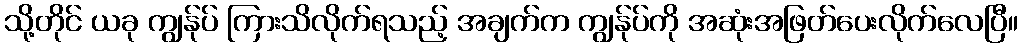
သို့တိုင် ယခု ကျွန်ုပ် ကြားသိလိုက်ရသည့် အချက်က ကျွန်ုပ်ကို အဆုံးအဖြတ်ပေးလိုက်လေပြီ။